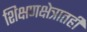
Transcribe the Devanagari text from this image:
शिक्षणक्षेत्रातही